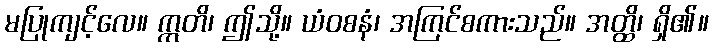
မပြုကျင့်လေ။ ဣတိ၊ ဤသို့။ ယံဝစနံ၊ အကြင်စကားသည်။ အတ္ထိ၊ ရှိ၏။